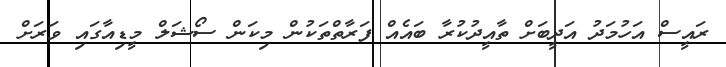
ރައީސް އަހުމަދު އަދީބަށް ތާއީދުކުރާ ބައެއް ފަރާތްތަކުން މިކަން ސޯޝަލް މީޑިއާގައި ވަރަށް